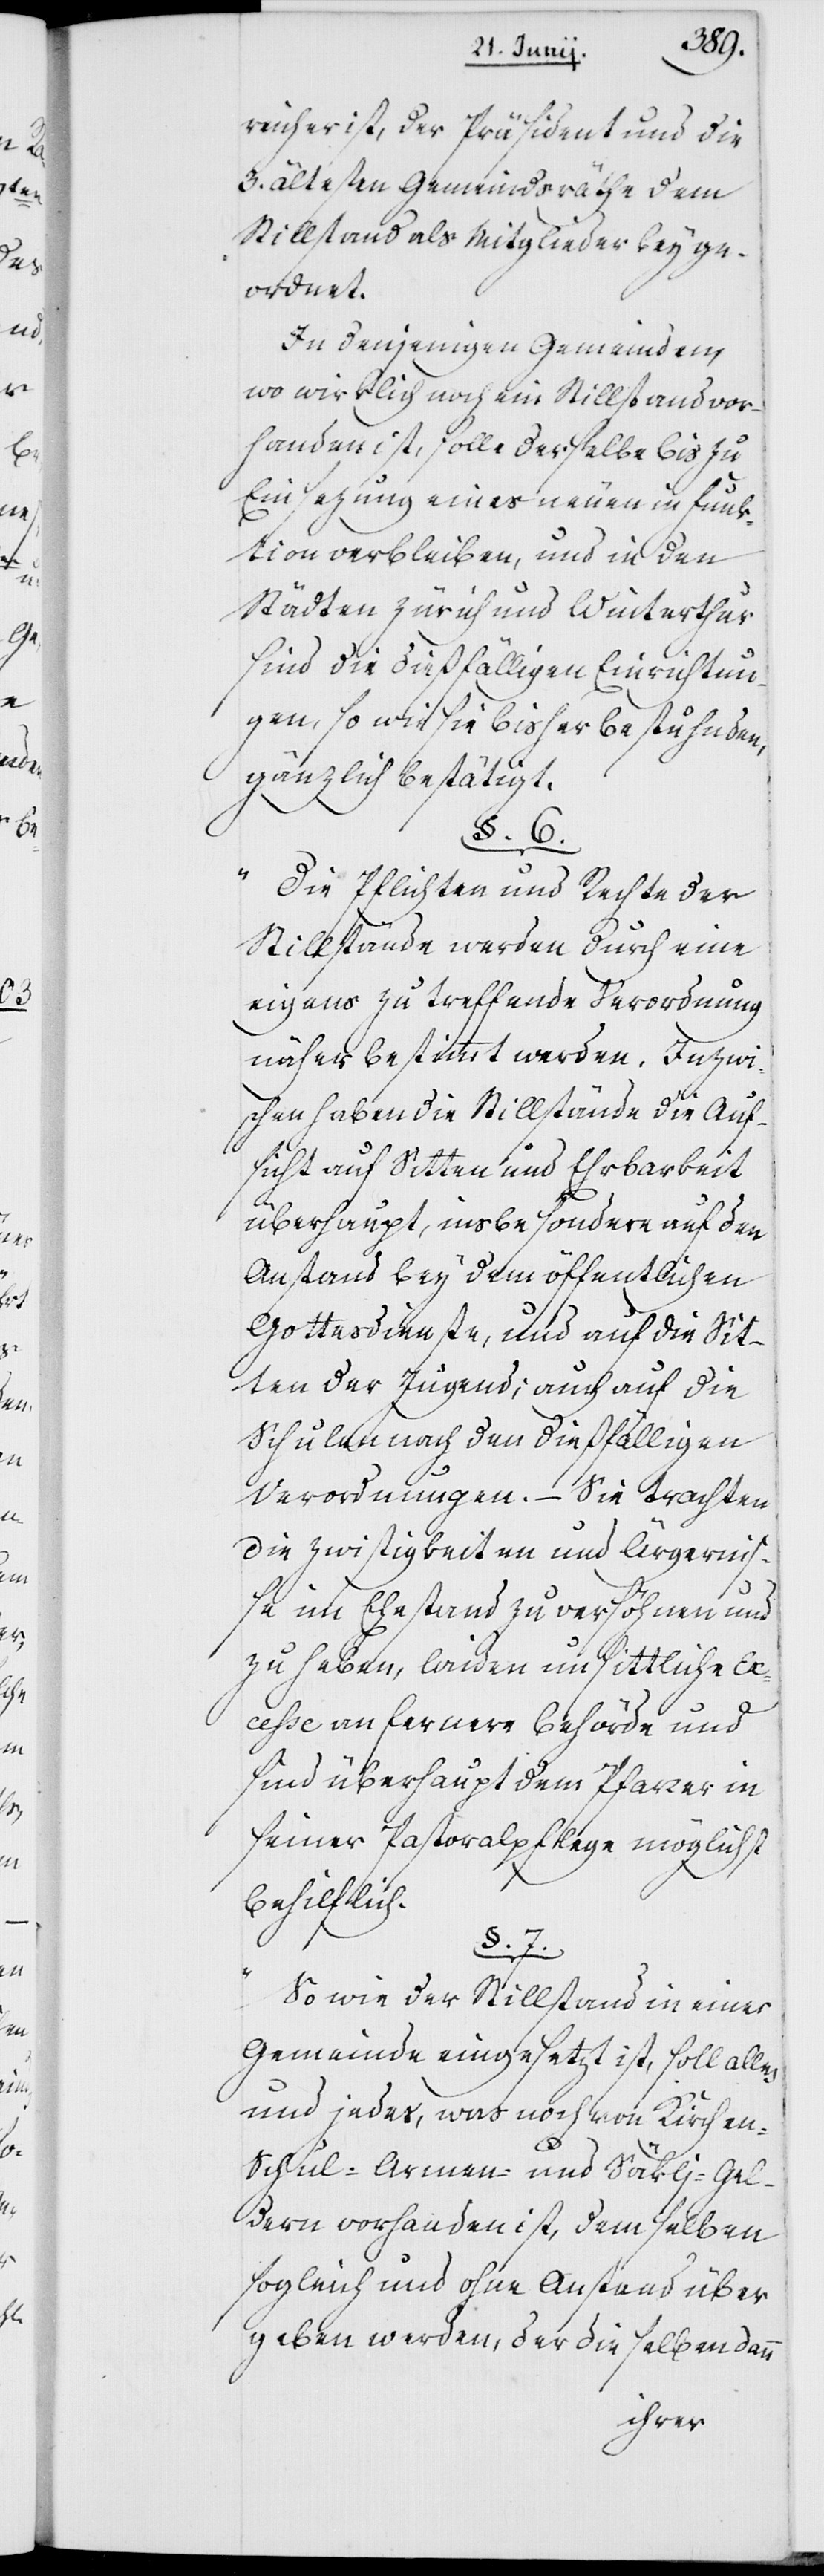
t.["]

reicher ist, der Präsident und die
3. ältesten Gemeindsräthe dem
Stillstand als Mitglieder beyge¬
ordnet.
In denjenigen Gemeinden,
wo wirklich noch ein Stillstand vor¬
handen ist, solle derselbe bis zu
Einsezung eines neuen in Funk¬
tion verbleiben, und in den
Städten Zürich und Winterthur
sind die dießfälligen Einrichtun¬
gen, sowie sie bisher bestuhnden,
gänzlich bestätig¬
§. 6.
"Die Pflichten und Rechte der
Stillstände werden durch eine
eigens zu treffende Verordnung
näher bestimmt werden. Inzw¬
ischen haben die Stillstände die Auf¬
sicht auf Sitten und Ehrbarkeit
überhaupt, insbesondere auf den
Anstand bey dem öffentlichen
Gottesdienste, und auf die Sit¬
ten der Jugend; auch auf die
Schulen nach den dießfälligen
Verordnungen. – Sie trachten
die Zwistigkeiten und Ärgerni¬
ße im Ehestand zu versöhnen und
zu heben, leiten unsittliche Ex¬
ceße an fernere Behörde und
sind überhaupt dem Pfarrer in
seiner Pastoralpflege möglichst
behilflic¬
§. 7.
"So wie der Stillstand in einer
Gemeinde eingesetzt ist, soll alles
und jedes, was noch von Kirchen-,
Schul-, Armen- und Säcklj-Gel¬
dern vorhanden ist, demselben
sogleich und ohne Anstand über¬
geben werden, der dieselben dann